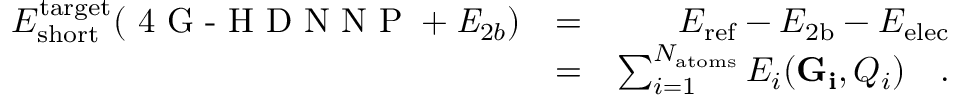
\begin{array} { r l r } { E _ { \mathrm { s h o r t } } ^ { \mathrm { t a r g e t } } ( { \textrm { 4 G - H D N N P } + \mathit { E } _ { 2 b } } ) } & { = } & { E _ { \mathrm { r e f } } - E _ { \mathrm { 2 b } } - E _ { \mathrm { e l e c } } } \\ & { = } & { \sum _ { i = 1 } ^ { N _ { \mathrm { a t o m s } } } E _ { i } ( \mathbf { G _ { i } } , Q _ { i } ) \quad . } \end{array}